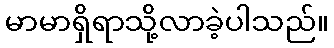
မာမာရှိရာသို့လာခဲ့ပါသည်။